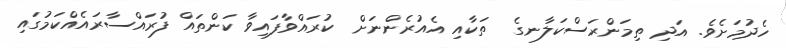
ހެދުމަށެވެ. އަދި ތިމަންރަސްކަލާނގެ  ތަކާއި އެއުރެންނަށް  ކުރައްވާފައިވާ ކަންތައް ފުރައްސާރައެއްކަމުގައި